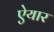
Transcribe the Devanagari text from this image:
ऐयार